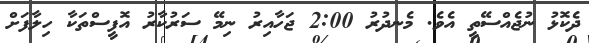
ދެކޮޅު ނުޖެއްސޭތީ އެވެ. މެނދުރު 2:00 ޖަހާއިރު ނިމޭ ސަރުކާރު އޮފީސްތަކާ ހިލާފަށް